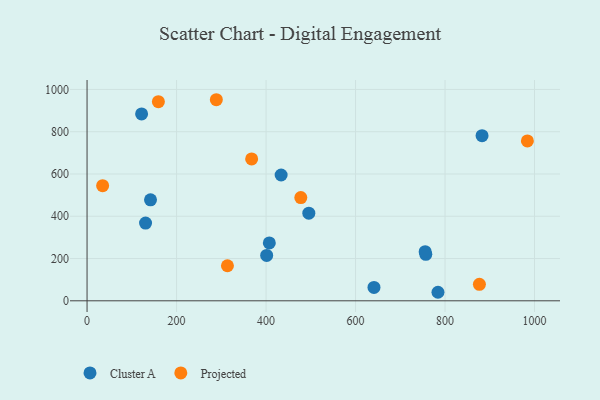
{"axis": {"x": "Investment", "y": "Rating"}, "legend": ["Cluster A", "Projected"], "data": [{"x": "141.8", "y": 477.6, "type": "Cluster A"}, {"x": "495.6", "y": 414.4, "type": "Cluster A"}, {"x": "641.2", "y": 63.5, "type": "Cluster A"}, {"x": "130.7", "y": 367.9, "type": "Cluster A"}, {"x": "433.7", "y": 595.1, "type": "Cluster A"}, {"x": "401.4", "y": 214.9, "type": "Cluster A"}, {"x": "882.7", "y": 781.4, "type": "Cluster A"}, {"x": "407.3", "y": 273.8, "type": "Cluster A"}, {"x": "757.0", "y": 219.8, "type": "Cluster A"}, {"x": "121.9", "y": 884.3, "type": "Cluster A"}, {"x": "784.2", "y": 40.4, "type": "Cluster A"}, {"x": "755.6", "y": 232.4, "type": "Cluster A"}, {"x": "367.8", "y": 671.2, "type": "Projected"}, {"x": "34.8", "y": 544.9, "type": "Projected"}, {"x": "984.0", "y": 756.5, "type": "Projected"}, {"x": "313.7", "y": 165.8, "type": "Projected"}, {"x": "876.8", "y": 78.2, "type": "Projected"}, {"x": "159.4", "y": 942.0, "type": "Projected"}, {"x": "477.7", "y": 488.6, "type": "Projected"}, {"x": "288.9", "y": 951.3, "type": "Projected"}]}